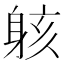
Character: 䠹